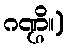
ဂဏ္ဌိ။)